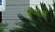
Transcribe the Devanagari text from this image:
अॅप्पल